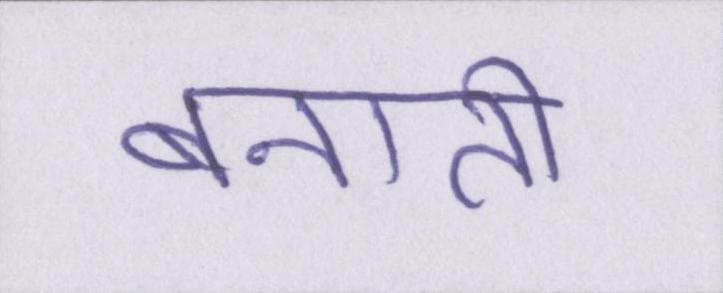
बनाती